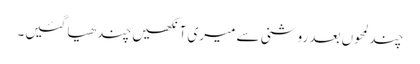
چند لمحوں بعد روشنی سے میری آنکھیں چندھیا گئیں۔